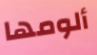
ألومها